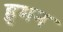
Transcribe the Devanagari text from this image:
हुमन